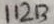
Text: 11213